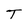
Character: T